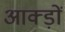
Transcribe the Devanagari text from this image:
आक्ड़ों